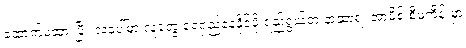
ထောက်ပံ့ထားပြီး လပေါ်မှာ လူတွေ ရေရှည်နေနိုင်ဖို့ ရည်ရွယ်တဲ့ နာဆာရဲ့ အာမိစ် စီမံကိန်းမှာ